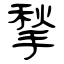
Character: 揫